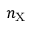
n _ { \mathrm { X } }